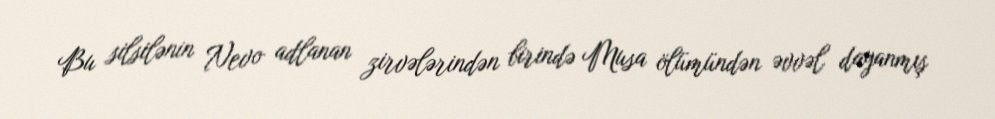
Bu silsilənin Nevo adlanan zirvələrindən birində Musa ölümündən əvvəl dayanmış